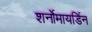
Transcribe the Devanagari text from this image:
शर्नोमायर्डिन